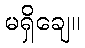
မရှိချေ။